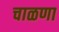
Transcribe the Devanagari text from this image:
चाळणा